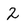
Character: 2